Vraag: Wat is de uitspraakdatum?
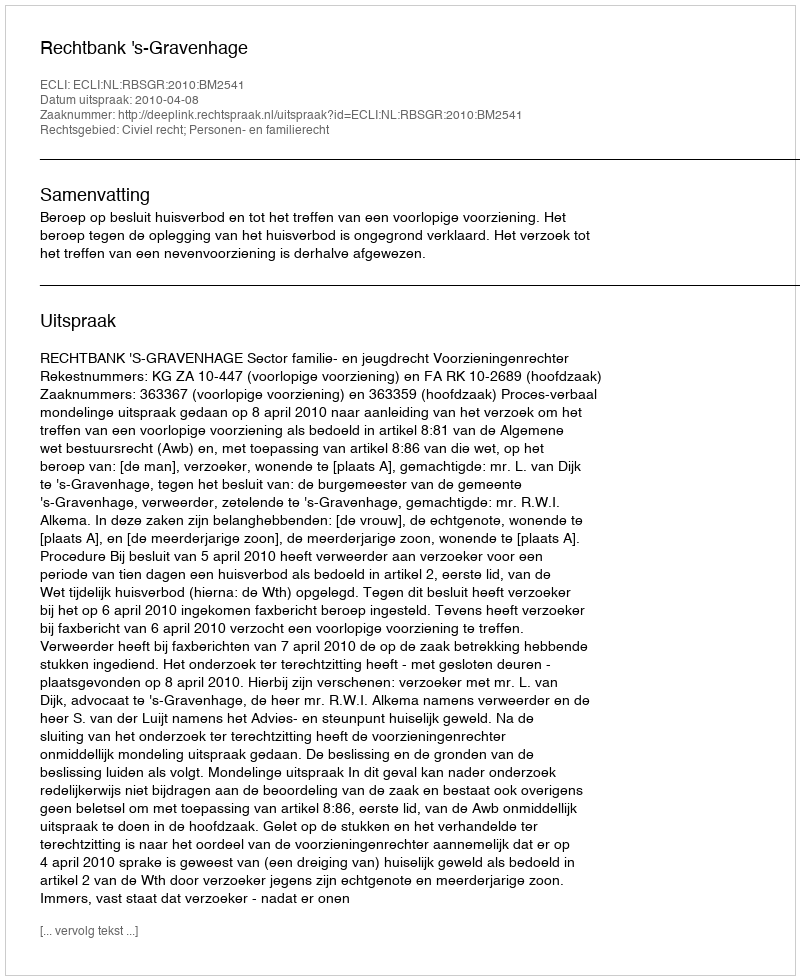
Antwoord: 2010-04-08